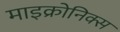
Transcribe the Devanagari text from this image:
माइक्रोनिक्स